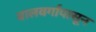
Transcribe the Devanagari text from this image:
बालवर्गापासून